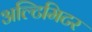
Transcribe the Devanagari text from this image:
अल्टिमिटर